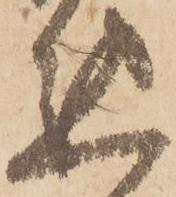
懇